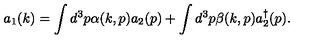
a _ { 1 } ( k ) = \int d ^ { 3 } p \alpha ( k , p ) a _ { 2 } ( p ) + \int d ^ { 3 } p \beta ( k , p ) a _ { 2 } ^ { \dagger } ( p ) .